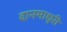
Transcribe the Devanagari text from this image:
दानमाधुरी